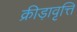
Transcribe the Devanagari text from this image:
क्रीड़ावृत्ति